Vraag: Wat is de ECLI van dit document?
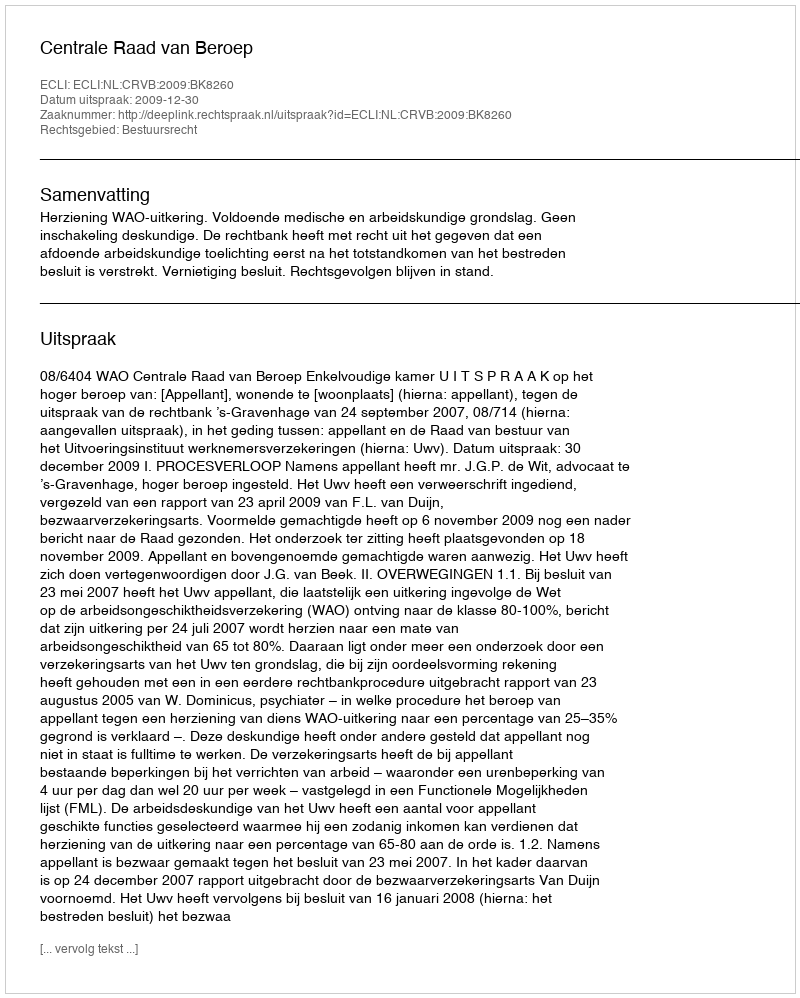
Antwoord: ECLI:NL:CRVB:2009:BK8260